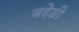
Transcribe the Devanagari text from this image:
बहेङी